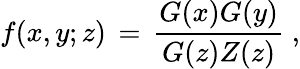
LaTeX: f(x,y;z)\, =\, \frac{G(x)G(y)}{G(z)Z(z)}\; ,